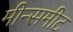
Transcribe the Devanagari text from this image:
मीन्समीट